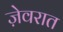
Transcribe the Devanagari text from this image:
जे़वरात